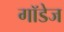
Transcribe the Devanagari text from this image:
गॉडेज